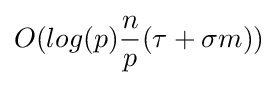
O(log(p){n \over p}(\tau +\sigma m))